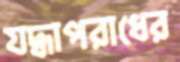
যদ্ধাপরাধের